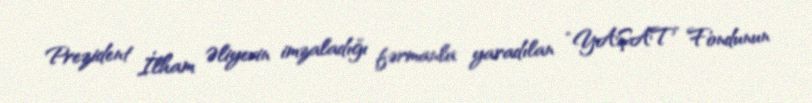
Prezident İlham Əliyevin imzaladığı fərmanla yaradılan “YAŞAT” Fondunun